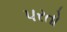
પરતો